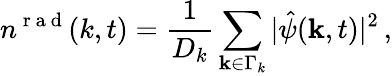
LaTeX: n^{\mathrm{~r~a~d~}}(k,t)=\frac{1}{D_{k}}\sum_{{\mathbf k}\in\Gamma_{k}}|\hat{\psi}({\mathbf k},t)|^{2}\, ,